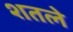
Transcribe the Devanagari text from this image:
शतले